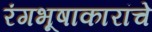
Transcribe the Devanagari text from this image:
रंगभूषाकारांचे